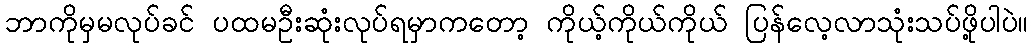
ဘာကိုမှမလုပ်ခင် ပထမဦးဆုံးလုပ်ရမှာကတော့ ကိုယ့်ကိုယ်ကိုယ် ပြန်လေ့လာသုံးသပ်ဖို့ပါပဲ။